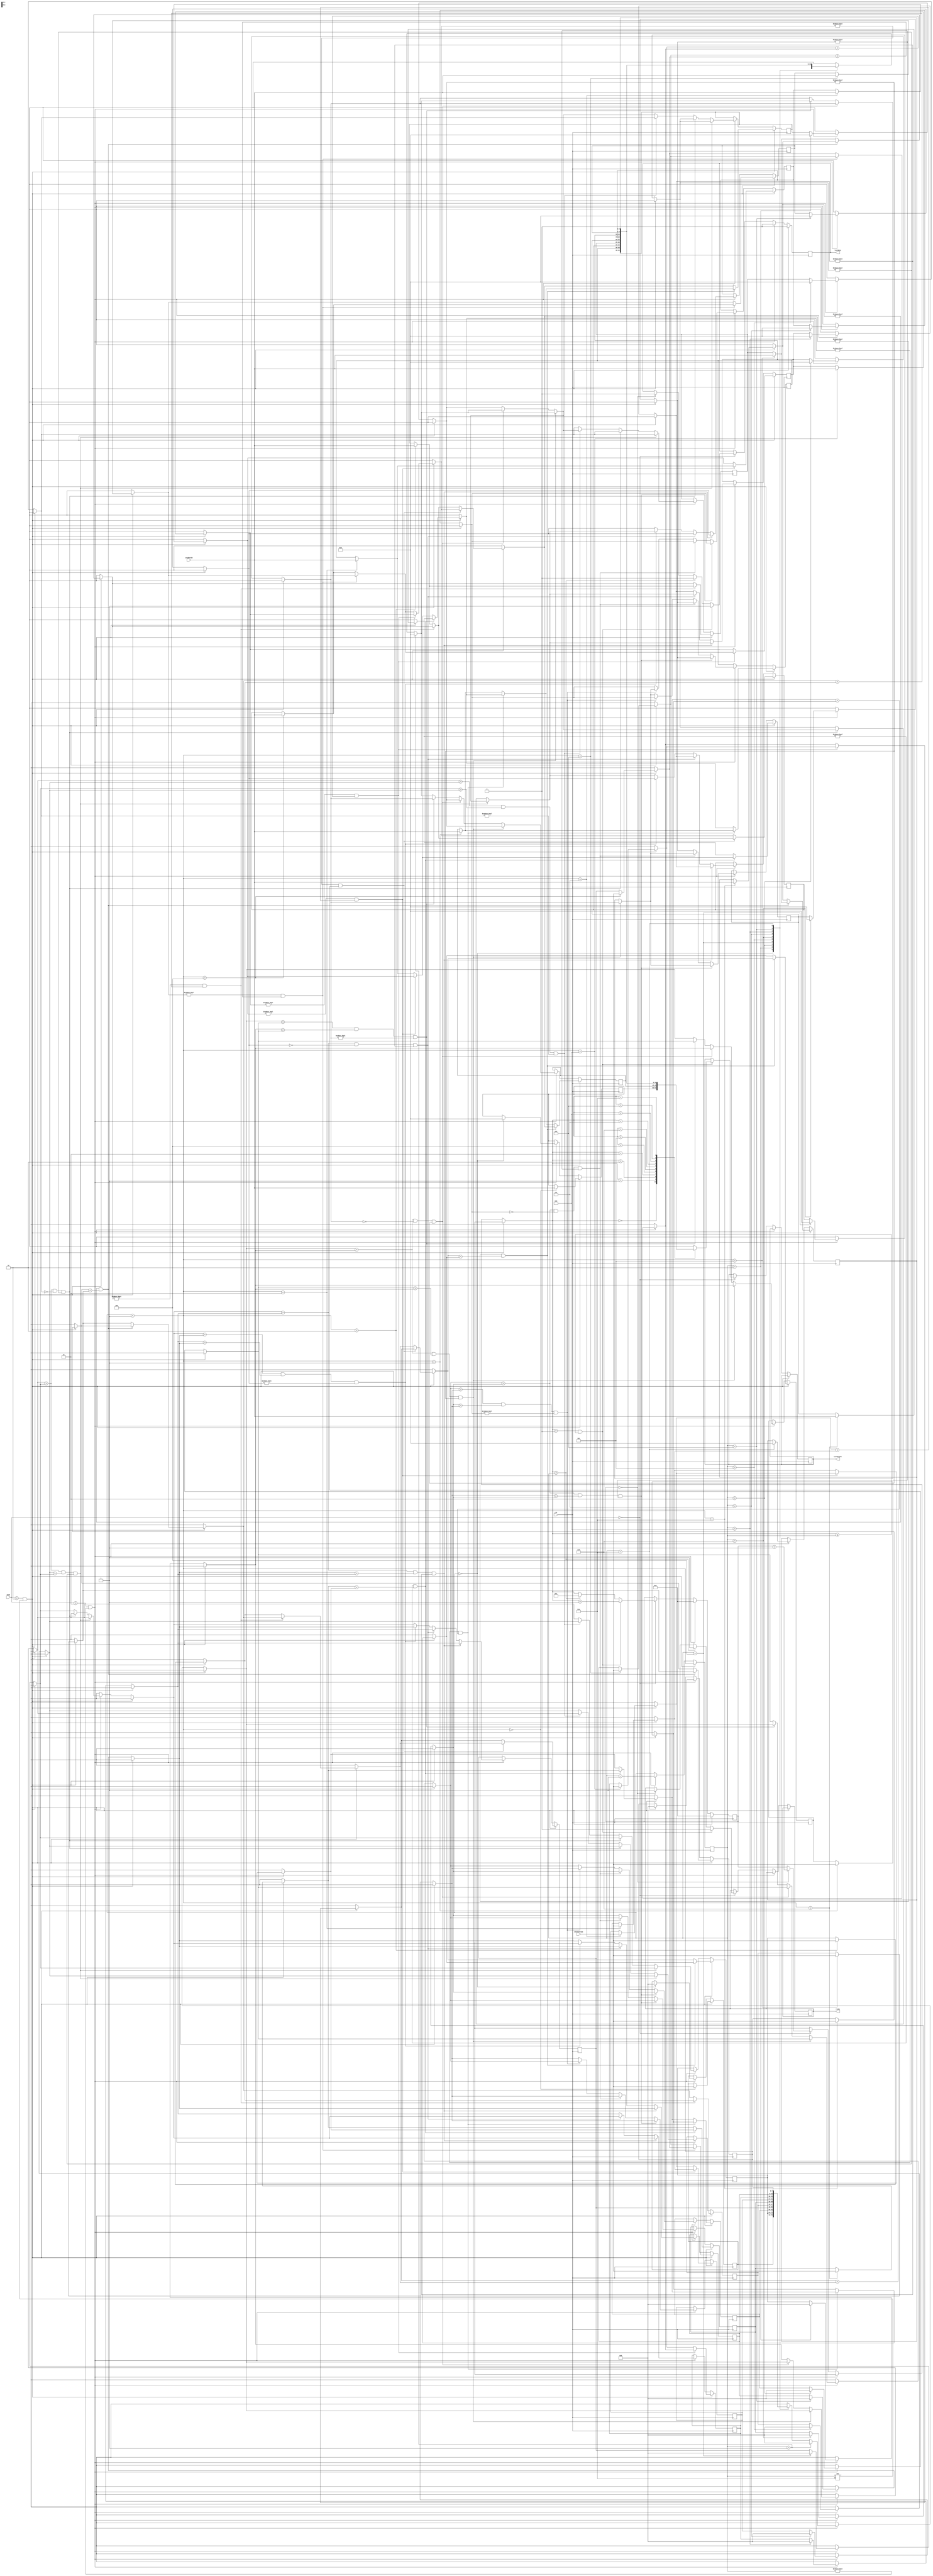
`timescale 1ns / 1ps
module PharmacyMem(
    input [4:0] studentID ,
    input clk,
    input [1:0] mode , // 0: list, 2: checkIn, 3: delete
    input [7:0] checkInTime,
    output reg [4:0] listOutput,
    output reg listBusy ,
    output reg ready
	);

//Write your code below
//
//
reg[3:0] last;
reg[3:0] i;
reg[4:0]stdid[10:1];
reg[7:0]chkin[10:1];
reg[7:0] tempt;
reg[4:0] tempid;

initial begin
	i=0;
	last = 0;
	listBusy = 0;
	stdid[1] = 0;stdid[2] = 0;stdid[3] = 0;stdid[4] = 0;stdid[5] = 0;stdid[6] = 0;stdid[7] = 0;stdid[8] = 0;stdid[9] = 0;stdid[10] = 0;
	chkin[1] = 0;chkin[2] = 0;chkin[3] = 0;chkin[4] = 0;chkin[5] = 0;chkin[6] = 0;chkin[7] = 0;chkin[8] = 0;chkin[9] = 0;chkin[10] = 0;
end

always@(posedge clk)
begin
	if(mode == 2  && last!=10)begin
		listBusy = 0;
		last = last+1;
		stdid[last] = studentID;
		chkin[last] = checkInTime;
		
		if((stdid[10] != 0) && chkin[10] < chkin[5])begin
			tempt = chkin[5];
			chkin[5] = chkin[10];
			chkin[10] = tempt;
			tempid = stdid[5];
			stdid[5] = stdid[10];
			stdid[10] = tempid;
		end
		
		if((stdid[9] != 0) && chkin[9] < chkin[4])begin
			tempt = chkin[4];
			chkin[4] = chkin[9];
			chkin[9] = tempt;
			tempid = stdid[4];
			stdid[4] = stdid[9];
			stdid[9] = tempid;
		end
		
		if((stdid[8] != 0) && chkin[8] < chkin[4])begin
			tempt = chkin[4];
			chkin[4] = chkin[8];
			chkin[8] = tempt;
			tempid = stdid[4];
			stdid[4] = stdid[8];
			stdid[8] = tempid;
		end
		
		if((stdid[7] != 0) && chkin[7] < chkin[3])begin
			tempt = chkin[3];
			chkin[3] = chkin[7];
			chkin[7] = tempt;
			tempid = stdid[3];
			stdid[3] = stdid[7];
			stdid[7] = tempid;
		end
		
		if((stdid[6] != 0) && chkin[6] < chkin[3])begin
			tempt = chkin[3];
			chkin[3] = chkin[6];
			chkin[6] = tempt;
			tempid = stdid[3];
			stdid[3] = stdid[6];
			stdid[6] = tempid;
		end
		
		if((stdid[5] != 0) && chkin[5] < chkin[2])begin
			tempt = chkin[2];
			chkin[2] = chkin[5];
			chkin[5] = tempt;
			tempid = stdid[2];
			stdid[2] = stdid[5];
			stdid[5] = tempid;
		end
		
		if((stdid[4] != 0) && chkin[4] < chkin[2])begin
			tempt = chkin[2];
			chkin[2] = chkin[4];
			chkin[4] = tempt;
			tempid = stdid[2];
			stdid[2] = stdid[4];
			stdid[4] = tempid;
		end
		
		if((stdid[3] != 0) && chkin[3] < chkin[1])begin
			tempt = chkin[1];
			chkin[1] = chkin[3];
			chkin[3] = tempt;
			tempid = stdid[1];
			stdid[1] = stdid[3];
			stdid[3] = tempid;
		end
		
		if((stdid[2] != 0) && chkin[2] < chkin[1])begin
			tempt = chkin[1];
			chkin[1] = chkin[2];
			chkin[2] = tempt;
			tempid = stdid[1];
			stdid[1] = stdid[2];
			stdid[2] = tempid;
		end
		i=0;
	end
	
	
	
	else if(mode==3 && last!=0)begin
		listBusy = 0;
		stdid[1] = stdid[last];
		chkin[1] = chkin[last];
		stdid[last] = 0;
		chkin[last] = 0;
		last = last-1;
		if(((chkin[1] > chkin[2]) && (chkin[3] > chkin[2]) && (stdid[2] != 0)))begin
			tempt = chkin[1];
			chkin[1] = chkin[2];
			chkin[2] = tempt;
			tempid = stdid[1];
			stdid[1] = stdid[2];
			stdid[2] = tempid;
		end
		else if(((chkin[1] > chkin[2]) && (stdid[3]==0) && (stdid[2] != 0)))begin
			tempt = chkin[1];
			chkin[1] = chkin[2];
			chkin[2] = tempt;
			tempid = stdid[1];
			stdid[1] = stdid[2];
			stdid[2] = tempid;
		end
		else if((chkin[1] > chkin[3]) && (chkin[2] > chkin[3]) && (stdid[3] != 0))begin
			tempt = chkin[1];
			chkin[1] = chkin[3];
			chkin[3] = tempt;
			tempid = stdid[1];
			stdid[1] = stdid[3];
			stdid[3] = tempid;
		end
		
		if((chkin[2] > chkin[4]) && (chkin[5] > chkin[4]) && (stdid[4] != 0))begin
			tempt = chkin[2];
			chkin[2] = chkin[4];
			chkin[4] = tempt;
			tempid = stdid[2];
			stdid[2] = stdid[4];
			stdid[4] = tempid;
		end
		else if(((chkin[2] > chkin[4]) && (stdid[5]==0) && (stdid[4] != 0)))begin
			tempt = chkin[2];
			chkin[2] = chkin[4];
			chkin[4] = tempt;
			tempid = stdid[2];
			stdid[2] = stdid[4];
			stdid[4] = tempid;
		end
		else if((chkin[2] > chkin[5]) && (chkin[4] > chkin[5]) && (stdid[5] != 0))begin
			tempt = chkin[2];
			chkin[2] = chkin[5];
			chkin[5] = tempt;
			tempid = stdid[2];
			stdid[2] = stdid[5];
			stdid[5] = tempid;
		end
		
		if((chkin[3] > chkin[6]) && (chkin[7] > chkin[6]) && (stdid[6] != 0))begin
			tempt = chkin[3];
			chkin[3] = chkin[6];
			chkin[6] = tempt;
			tempid = stdid[3];
			stdid[3] = stdid[6];
			stdid[6] = tempid;
		end
		else if(((chkin[3] > chkin[6]) && (stdid[7]==0) && (stdid[6] != 0)))begin
			tempt = chkin[3];
			chkin[3] = chkin[6];
			chkin[6] = tempt;
			tempid = stdid[3];
			stdid[3] = stdid[6];
			stdid[6] = tempid;
		end
		else if((chkin[3] > chkin[7]) && (chkin[6] > chkin[7]) && (stdid[7] != 0))begin
			tempt = chkin[3];
			chkin[3] = chkin[7];
			chkin[7] = tempt;
			tempid = stdid[3];
			stdid[3] = stdid[7];
			stdid[7] = tempid;
		end
		
		if((chkin[4] > chkin[8]) && (chkin[9] > chkin[8]) && (stdid[8] != 0))begin
			tempt = chkin[4];
			chkin[4] = chkin[8];
			chkin[8] = tempt;
			tempid = stdid[4];
			stdid[4] = stdid[8];
			stdid[8] = tempid;
		end
		else if(((chkin[4] > chkin[8]) && (stdid[9]==0) && (stdid[8] != 0)))begin
			tempt = chkin[4];
			chkin[4] = chkin[8];
			chkin[8] = tempt;
			tempid = stdid[4];
			stdid[4] = stdid[8];
			stdid[8] = tempid;
		end
		else if((chkin[4] > chkin[9]) && (chkin[8] > chkin[9]) && (stdid[9] != 0))begin
			tempt = chkin[4];
			chkin[4] = chkin[9];
			chkin[9] = tempt;
			tempid = stdid[4];
			stdid[4] = stdid[9];
			stdid[9] = tempid;
		end
		i=0;
	end
	
	
	
	else if(mode == 0)begin
		if(i==0)begin
			ready=1;
			listBusy = 0;
			i=i+1;
		end
		if(i>0 && i<=last)begin
			listBusy=1;
			ready=0;
			listOutput = stdid[i];
			i=i+1;
		end
		else if(i>last)begin
			ready = 1;
			listBusy = 0;
			i = 1;
		end
	end

end
endmodule